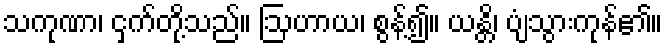
သကုဏာ၊ ငှက်တို့သည်။ ဩဟာယ၊ စွန့်၍။ ယန္တိ၊ ပျံသွားကုန်၏။